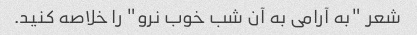
شعر "به آرامی به آن شب خوب نرو" را خلاصه کنید.